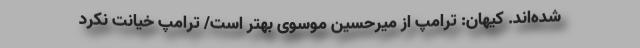
شده‌اند. کیهان: ترامپ از میرحسین موسوی بهتر است/ ترامپ خیانت نکرد